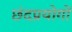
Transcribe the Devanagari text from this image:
छंदप्रयोगों